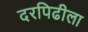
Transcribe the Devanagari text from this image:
दरपिढीला